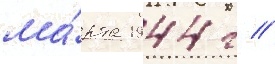
ма́рта 1944 г //